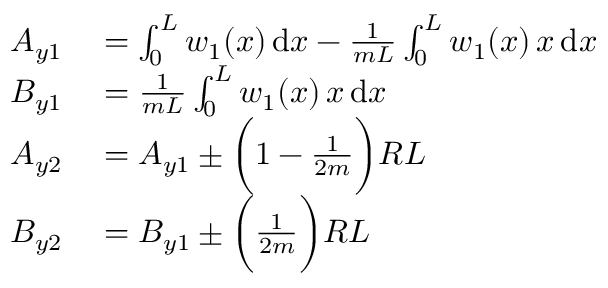
\begin{array} { r l } { A _ { y 1 } } & { { } = \int _ { 0 } ^ { L } w _ { 1 } ( x ) \, \mathrm { d } x - \frac { 1 } { m L } \int _ { 0 } ^ { L } w _ { 1 } ( x ) \, x \, \mathrm { d } x } \\ { B _ { y 1 } } & { { } = \frac { 1 } { m L } \int _ { 0 } ^ { L } w _ { 1 } ( x ) \, x \, \mathrm { d } x } \\ { A _ { y 2 } } & { { } = A _ { y 1 } \pm \bigg ( 1 - \frac { 1 } { 2 m } \bigg ) R L } \\ { B _ { y 2 } } & { { } = B _ { y 1 } \pm \bigg ( \frac { 1 } { 2 m } \bigg ) R L } \end{array}